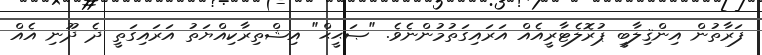
ފަރާތުން އިންޤިލާބީ ޕުރޮލެޓާރީއެއް އަރައިގަތުމުންނެވެ. "ޞަޙީޙް" އިޝްތިރާކިއްޔަތު އަރައިގަތީ ދެ ދޫނި އެއް